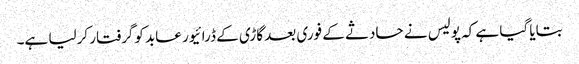
بتایا گیا ہے کہ پولیس نے حادثے کے فوری بعد گاڑی کے ڈرائیور عابد کوگرفتار کرلیا ہے۔